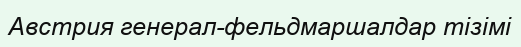
Австрия генерал-фельдмаршалдар тізімі